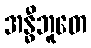
အန္ဓီဘူတေ